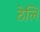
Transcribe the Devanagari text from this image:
ठेलि